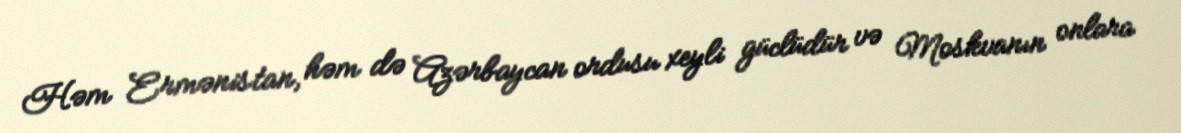
Həm Ermənistan, həm də Azərbaycan ordusu xeyli güclüdür və Moskvanın onlara